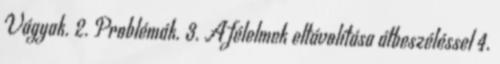
Vágyak. 2. Problémák. 3. A félelmek eltávolítása átbeszéléssel 4.